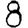
Digit: 8